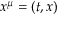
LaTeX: x ^ { \mu } = ( t , x )